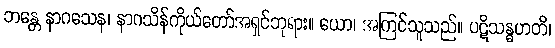
ဘန္တေ နာဂသေန၊ နာဂသိန်ကိုယ်တော်အရှင်ဘုရား။ ယော၊ အကြင်သူသည်။ ပဋိသန္ဓဟတိ၊